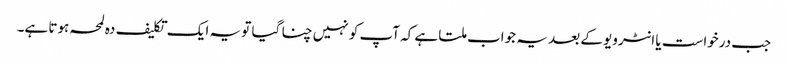
جب درخواست یا انٹرویو کے بعد یہ جواب ملتا ہے کہ آپ کو نہیں چنا گیا تو یہ ایک تکلیف دہ لمحہ ہوتا ہے۔